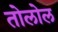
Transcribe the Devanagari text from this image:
तोलोल